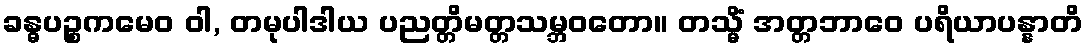
ခန္ဓပဉ္စကမေဝ ဝါ, တမုပါဒါယ ပညတ္တိမတ္တသမ္ဘဝတော။ တသ္မိံ အတ္တဘာဝေ ပရိယာပန္နာတိ